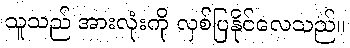
သူသည် အားလုံးကို လှစ်ပြနိုင်လေသည်။